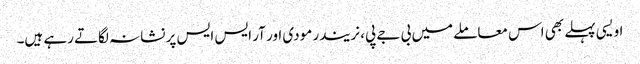
اویسی پہلے بھی اس معاملے میں بی جے پی، نریندر مودی اور آر ایس ایس پر نشانہ لگاتے رہے ہیں۔